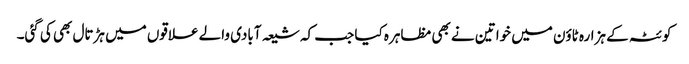
کوئٹہ کے ہزارہ ٹاؤن میں خواتین نے بھی مظاہرہ کیا جب کہ شیعہ آبادی والے علاقوں میں ہڑتال بھی کی گئی۔